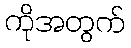
ကိုအတွက်